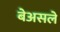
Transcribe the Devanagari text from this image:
बेअसले